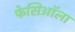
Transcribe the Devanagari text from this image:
फेसिऑला